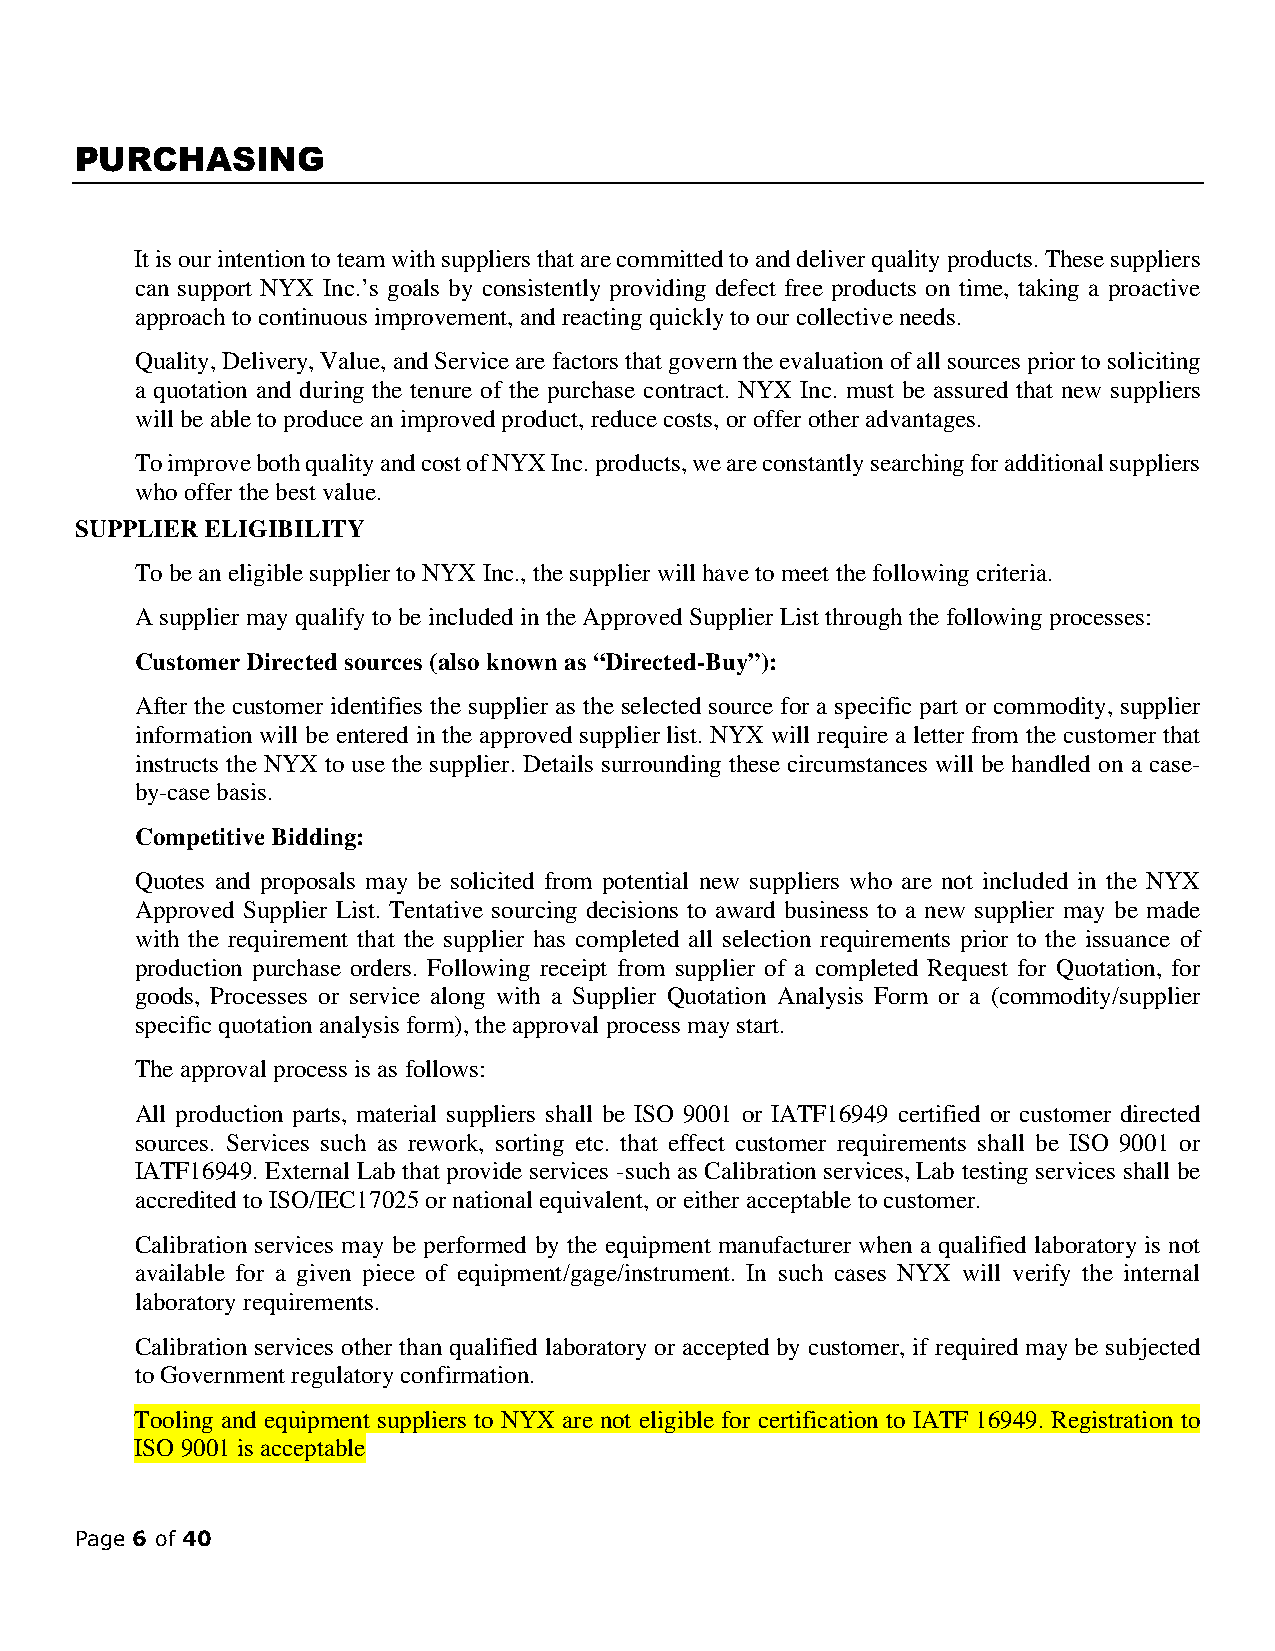
PURCHASING
 It is our intention to team with suppliers that are committed to and deliver quality products. These suppliers
 can support NYX Inc.’s goals by consistently providing defect free products on time, taking a proactive
 approach to continuous improvement, and reacting quickly to our collective needs.
 Quality, Delivery, Value, and Service are factors that govern the evaluation of all sources prior to soliciting
 a quotation and during the tenure of the purchase contract. NYX Inc. must be assured that new suppliers
 will be able to produce an improved product, reduce costs, or offer other advantages.
 To improve both quality and cost of NYX Inc. products, we are constantly searching for additional suppliers
 who offer the best value.
 SUPPLIER ELIGIBILITY
 To be an eligible supplier to NYX Inc., the supplier will have to meet the following criteria.
 A supplier may qualify to be included in the Approved Supplier List through the following processes:
 Customer Directed sources (also known as “Directed-Buy”):
 After the customer identifies the supplier as the selected source for a specific part or commodity, supplier
 information will be entered in the approved supplier list. NYX will require a letter from the customer that
 instructs the NYX to use the supplier. Details surrounding these circumstances will be handled on a case-
 by-case basis.
 Competitive Bidding:
 Quotes and proposals may be solicited from potential new suppliers who are not included in the NYX
 Approved Supplier List. Tentative sourcing decisions to award business to a new supplier may be made
 with the requirement that the supplier has completed all selection requirements prior to the issuance of
 production purchase orders. Following receipt from supplier of a completed Request for Quotation, for
 goods, Processes or service along with a Supplier Quotation Analysis Form or a (commodity/supplier
 specific quotation analysis form), the approval process may start.
 The approval process is as follows:
 All production parts, material suppliers shall be ISO 9001 or IATF16949 certified or customer directed
 sources. Services such as rework, sorting etc. that effect customer requirements shall be ISO 9001 or
 IATF16949. External Lab that provide services -such as Calibration services, Lab testing services shall be
 accredited to ISO/IEC17025 or national equivalent, or either acceptable to customer.
 Calibration services may be performed by the equipment manufacturer when a qualified laboratory is not
 available for a given piece of equipment/gage/instrument. In such cases NYX will verify the internal
 laboratory requirements.
 Calibration services other than qualified laboratory or accepted by customer, if required may be subjected
 to Government regulatory confirmation.
 Tooling and equipment suppliers to NYX are not eligible for certification to IATF 16949. Registration to
 ISO 9001 is acceptable
 Page 6 of 40